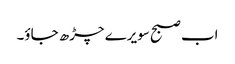
اب صبح سویرے چڑھ جاؤ۔